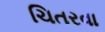
ચિતરવા